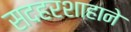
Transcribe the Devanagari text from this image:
सदहरशाहाने